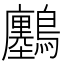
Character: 𪇮